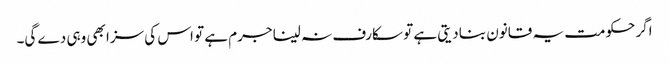
اگر حکومت یہ قانون بنا دیتی ہے تو سکارف نہ لینا جرم ہے تو اس کی سزا بھی وہی دے گی۔